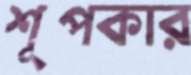
শূপকার